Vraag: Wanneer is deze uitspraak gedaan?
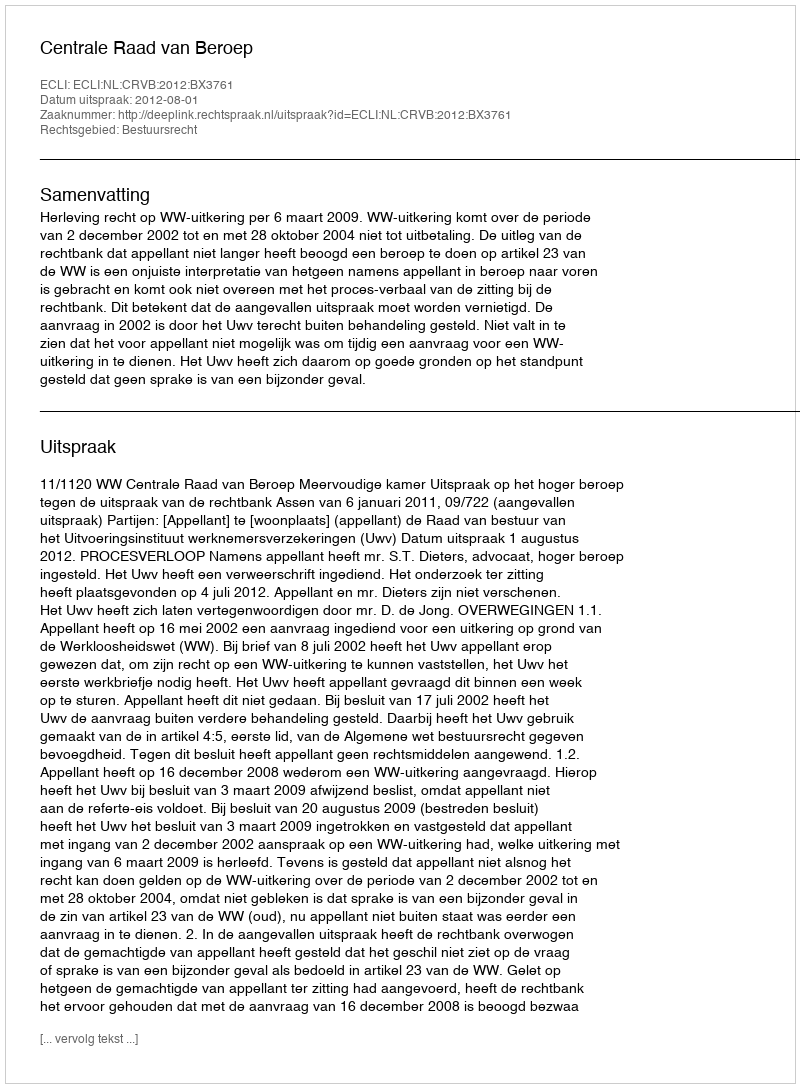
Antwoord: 2012-08-01